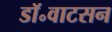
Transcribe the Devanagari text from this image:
डॉ॰वाटसन